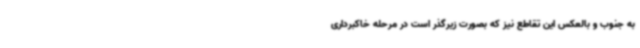
به جنوب و بالعکس این تقاطع نیز که بصورت زیرگذر است در مرحله خاکبرداری